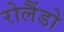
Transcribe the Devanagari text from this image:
रोलैंडो